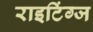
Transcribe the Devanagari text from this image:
राइटिंग्ज